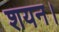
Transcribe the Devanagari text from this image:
शयन।